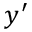
y ^ { \prime }